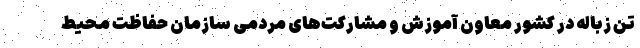
تن زباله در کشور معاون آموزش و مشارکت‌های مردمی سازمان حفاظت محیط